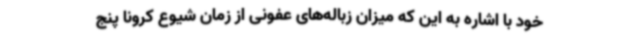
خود با اشاره به این که میزان زباله‌های عفونی از زمان شیوع کرونا پنج